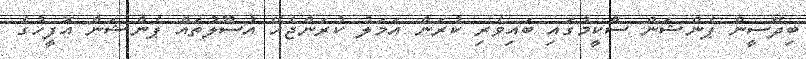
ބިދޭސީން ޕެންޝަން ސްކީމުގައި ބައިވެރި ކުރަން އަމަލު ކުރަންޖެހޭ އުސޫލުތައް ޕެންޝަން އޮފީހުގެ